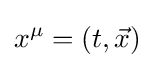
x^{\mu }=\left(t,{\vec {x}}\right)